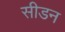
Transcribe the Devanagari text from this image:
सीडन